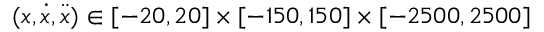
( x , \dot { x } , \ddot { x } ) \in [ - 2 0 , 2 0 ] \times [ - 1 5 0 , 1 5 0 ] \times [ - 2 5 0 0 , 2 5 0 0 ]